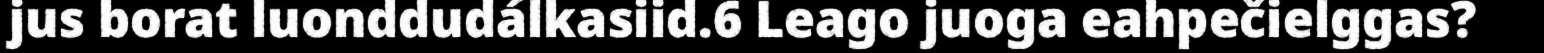
jus borat luonddudálkasiid.6 Leago juoga eahpečielggas?